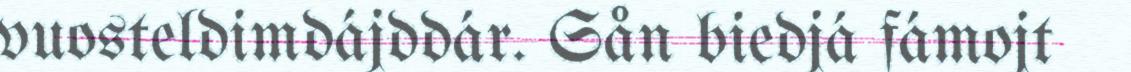
vuosteldimdájddár. Sån biedjá fámojt